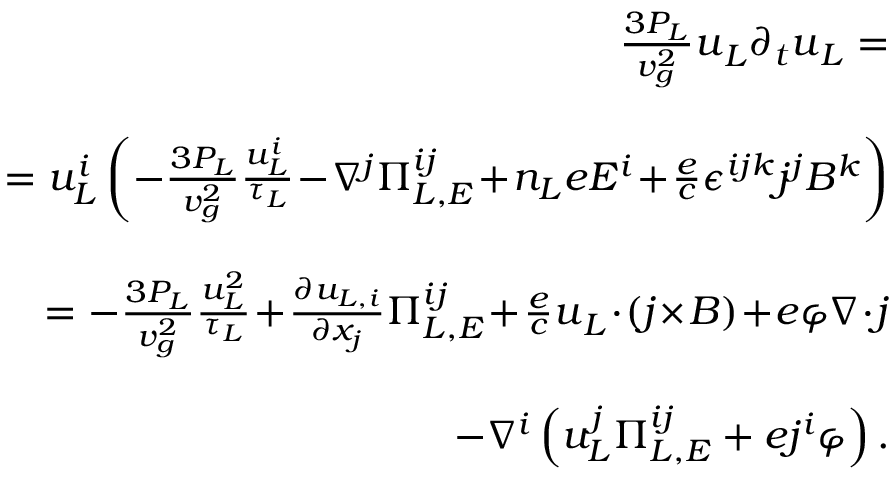
\begin{array} { r l r } & { } & { \! \! \frac { 3 P _ { L } } { v _ { g } ^ { 2 } } \boldsymbol { u } _ { L } \partial _ { t } \boldsymbol { u } _ { L } = } \\ & { } & \\ & { } & { \quad = u _ { L } ^ { i } \left( - \frac { 3 P _ { L } } { v _ { g } ^ { 2 } } \frac { u _ { L } ^ { i } } { \tau _ { L } } \! - \! \nabla ^ { j } \Pi _ { L , E } ^ { i j } \! + \! n _ { L } e E ^ { i } \! + \! \frac { e } { c } \epsilon ^ { i j k } j ^ { j } B ^ { k } \right) } \\ & { } & \\ & { } & { \quad = - \frac { 3 P _ { L } } { v _ { g } ^ { 2 } } \frac { u _ { L } ^ { 2 } } { \tau _ { L } } \! + \! \frac { \partial u _ { L , i } } { \partial x _ { j } } \Pi _ { L , E } ^ { i j } \! + \! \frac { e } { c } \boldsymbol { u } _ { L } \! \cdot \! ( \boldsymbol { j } \! \times \! \boldsymbol { B } ) \! + \! e \varphi \boldsymbol { \nabla } \! \cdot \! \boldsymbol { j } } \\ & { } & \\ & { } & { \qquad \qquad - \nabla ^ { i } \left( u _ { L } ^ { j } \Pi _ { L , E } ^ { i j } + e j ^ { i } \varphi \right) . } \end{array}